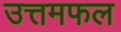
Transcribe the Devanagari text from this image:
उत्तमफल